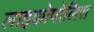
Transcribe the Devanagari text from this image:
लाइकोपोलिस